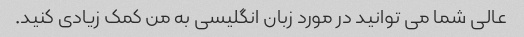
عالی شما می توانید در مورد زبان انگلیسی به من کمک زیادی کنید.